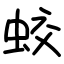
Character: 蛟